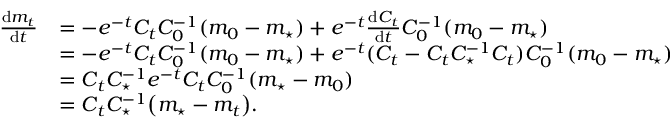
\begin{array} { r l } { \frac { \mathrm { d } m _ { t } } { \mathrm { d } t } } & { = - e ^ { - t } C _ { t } C _ { 0 } ^ { - 1 } ( m _ { 0 } - m _ { \star } ) + e ^ { - t } \frac { \mathrm { d } C _ { t } } { \mathrm { d } t } C _ { 0 } ^ { - 1 } ( m _ { 0 } - m _ { \star } ) } \\ & { = - e ^ { - t } C _ { t } C _ { 0 } ^ { - 1 } ( m _ { 0 } - m _ { \star } ) + e ^ { - t } ( C _ { t } - C _ { t } C _ { \star } ^ { - 1 } C _ { t } ) C _ { 0 } ^ { - 1 } ( m _ { 0 } - m _ { \star } ) } \\ & { = C _ { t } C _ { \star } ^ { - 1 } e ^ { - t } C _ { t } C _ { 0 } ^ { - 1 } ( m _ { \star } - m _ { 0 } ) } \\ & { = C _ { t } C _ { \star } ^ { - 1 } \bigl ( m _ { \star } - m _ { t } \bigr ) . } \end{array}